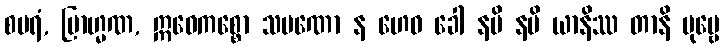
စပရံ, ဗြာဟ္မဏ, ဣဓေကစ္စော သမဏော န ဟေဝ ခေါ နပိ နပိ ယာနိဿ တာနိ ပုဗ္ဗေ